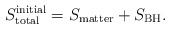
LaTeX: \begin{align*}S_{\rm total}^{\rm initial} = S_{\rm matter} + S_{\rm BH}.\end{align*}